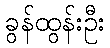
ခွန်ထွန်းဦး